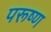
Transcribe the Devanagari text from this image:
परूष्ण